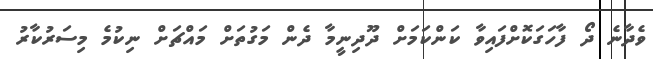
ވެދާނެ ދޯ ފާހަގަކޮށްފައިވާ ކަންކަމަށް ދޫދިނީމާ ދެން މަގުތަށް މައްޗަށް ނިކުމެ މިސަރުކާރު